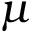
\mu